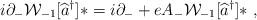
LaTeX: \begin{align*}i \partial_{-} {\cal W}_{-1}[\widehat{a}^{\dag}] \ast = i\partial_{-} + e A_{-} {\cal W}_{-1}[\widehat{a}^{\dag}] \ast \ ,\end{align*}